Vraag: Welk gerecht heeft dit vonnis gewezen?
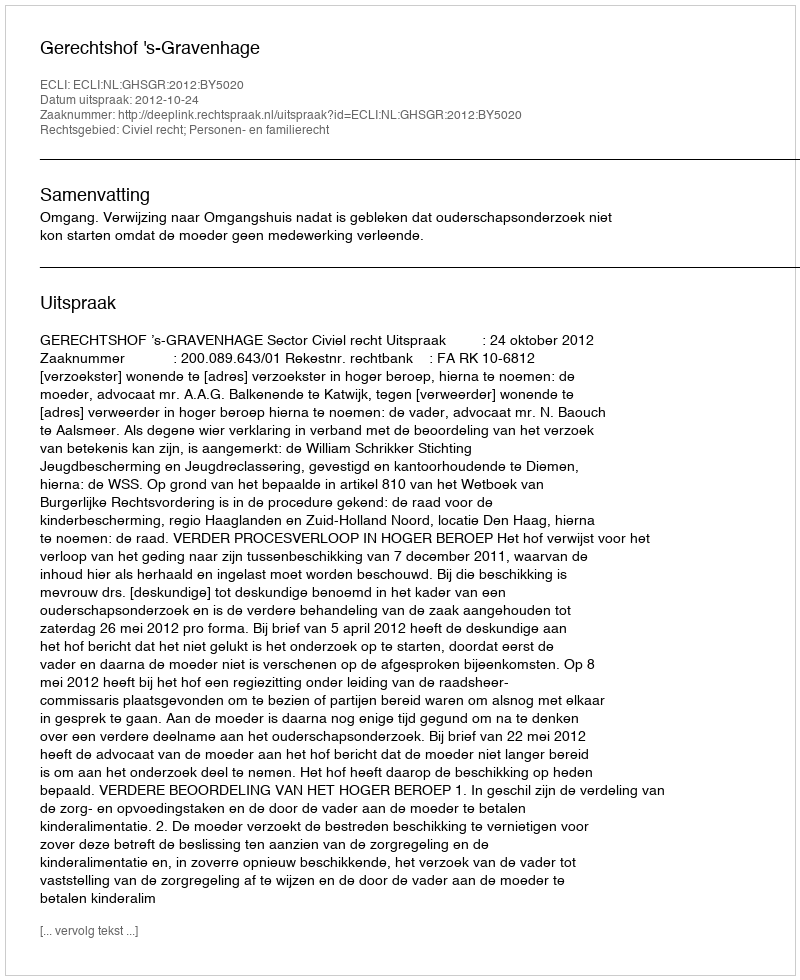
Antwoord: Gerechtshof 's-Gravenhage